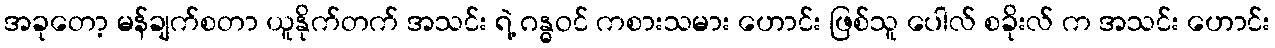
အခုတော့ မန်ချက်စတာ ယူနိုက်တက် အသင်း ရဲ့ ဂန္ဓဝင် ကစားသမား ဟောင်း ဖြစ်သူ ပေါလ် စခိုးလ် က အသင်း ဟောင်း